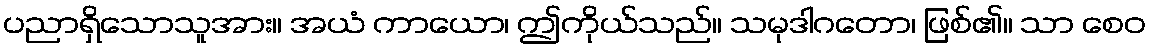
ပညာရှိသောသူအား။ အယံ ကာယော၊ ဤကိုယ်သည်။ သမုဒါဂတော၊ ဖြစ်၏။ သာ စေဝ